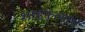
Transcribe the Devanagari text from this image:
शाहुफुल्यांचे